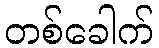
တစ်ခေါက်